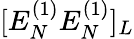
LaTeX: [E_{N}^{(1)}E_{N}^{(1)}]_{L}